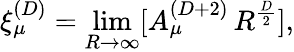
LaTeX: \xi_{\mu}^{(D)}=\operatorname*{lim}_{R\rightarrow\infty}[A_{\mu}^{(D+2)}\, R^{\frac{D}{2}}],